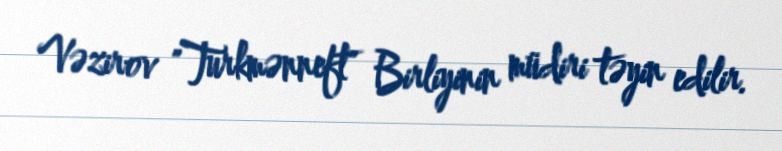
Vəzirov "Turkmənneft" Birliyinin müdiri təyin edilir.